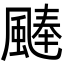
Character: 𩗴